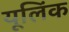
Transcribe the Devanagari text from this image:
यूलिंक